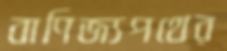
বাণিজ্যপথের